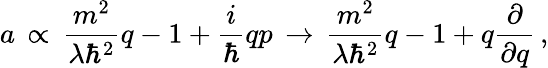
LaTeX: a\, \propto\, \frac{m^{2}}{\lambda\hbar^{2}}q-1+\frac{i}{\hbar}qp\, \rightarrow\, \frac{m^{2}}{\lambda\hbar^{2}}q-1+q\frac{\partial}{\partial q}\, ,